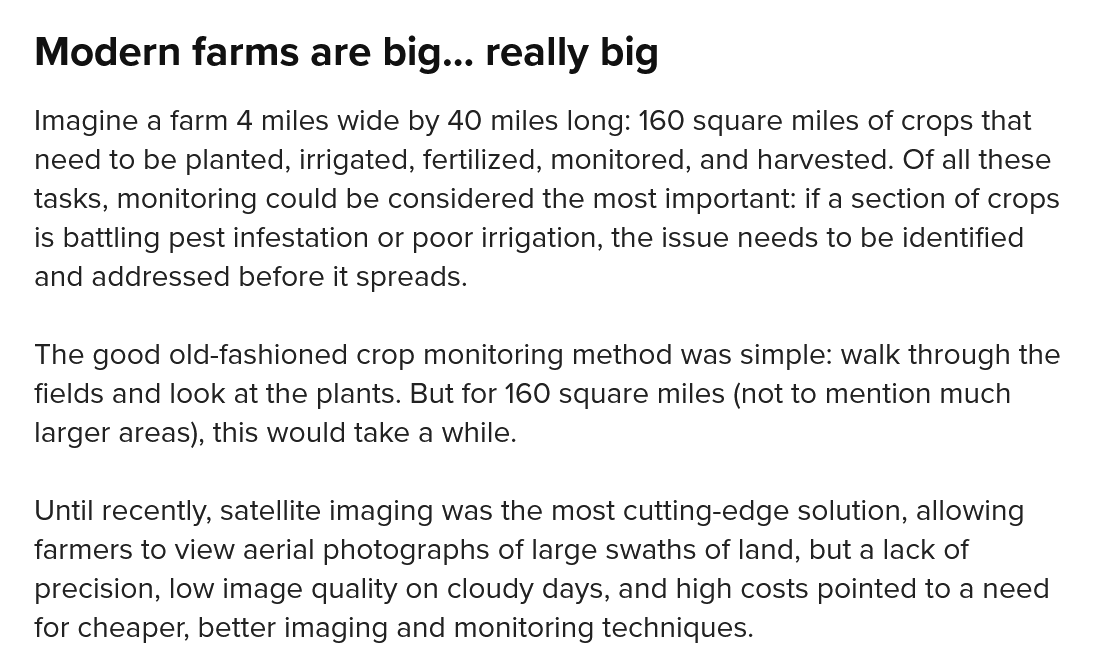
Modern    farms are  big...   really  big
   Imagine a farm 4 miles wide by 40 miles long: 160 square miles of crops that
   need to be planted, irrigated, fertilized, monitored, and harvested. Of all these
   tasks, monitoring could be considered the most important: if a section of crops
   is battling pest infestation or poor irrigation, the issue needs to be identified
   and addressed before it spreads.
   The good old-fashioned crop monitoring method was simple: walk through the
   fields and look at the plants. But for 160 square miles (not to mention much
   larger areas), this would take a while.
   Until recently, satellite imaging was the most cutting-edge solution, allowing
   farmers to view aerial photographs of large swaths of land, but a lack of
   precision, low image quality on cloudy days, and high costs pointed to a need
   for cheaper, better imaging and monitoring techniques.